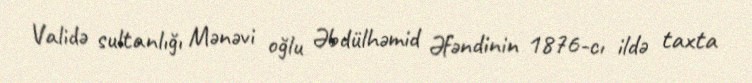
Validə sultanlığı Mənəvi oğlu Əbdülhəmid Əfəndinin 1876-cı ildə taxta